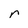
Character: n